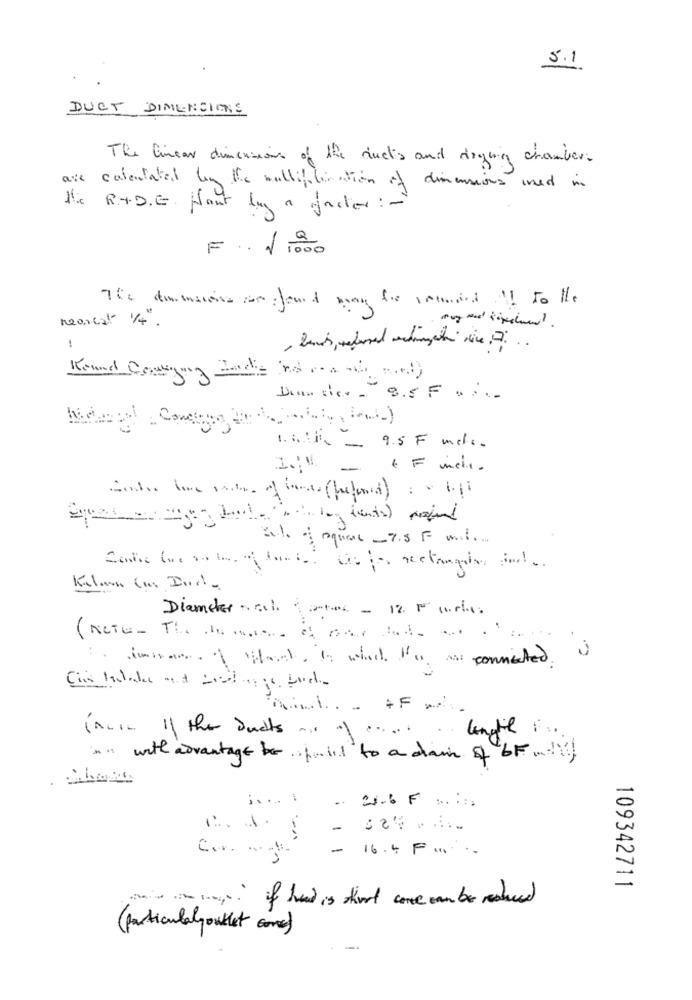
5.1
DUCT DIMENSIONS
The linear dimensions of the ducks and drying chamber.
are calculated by the multiplication of dimensions used in
R. D . E . Hout bay a faster :-
F. 1 1000
neanlat 1/4".
Round Coming Tade ino maos and
Duan sier - 8.5 F ....
1. 1 1 - 9.5 F meli.
Diameter .al 2 - 12. 1 1 .....
incis If the ducts ....
ins with advantage be. il to a chain of bF .!!!
. 21.6 F :.::.
C .. ....
- 16.4 F ... .
109342711
·mine in most, if head is short come can be reduced
(particularly outlet come)